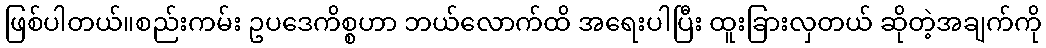
ဖြစ်ပါတယ်။စည်းကမ်း ဥပဒေကိစ္စဟာ ဘယ်လောက်ထိ အရေးပါပြီး ထူးခြားလှတယ် ဆိုတဲ့အချက်ကို